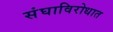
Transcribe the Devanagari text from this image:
संघाविरोधात